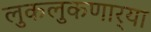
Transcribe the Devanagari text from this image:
लुकलुकणार्‍या